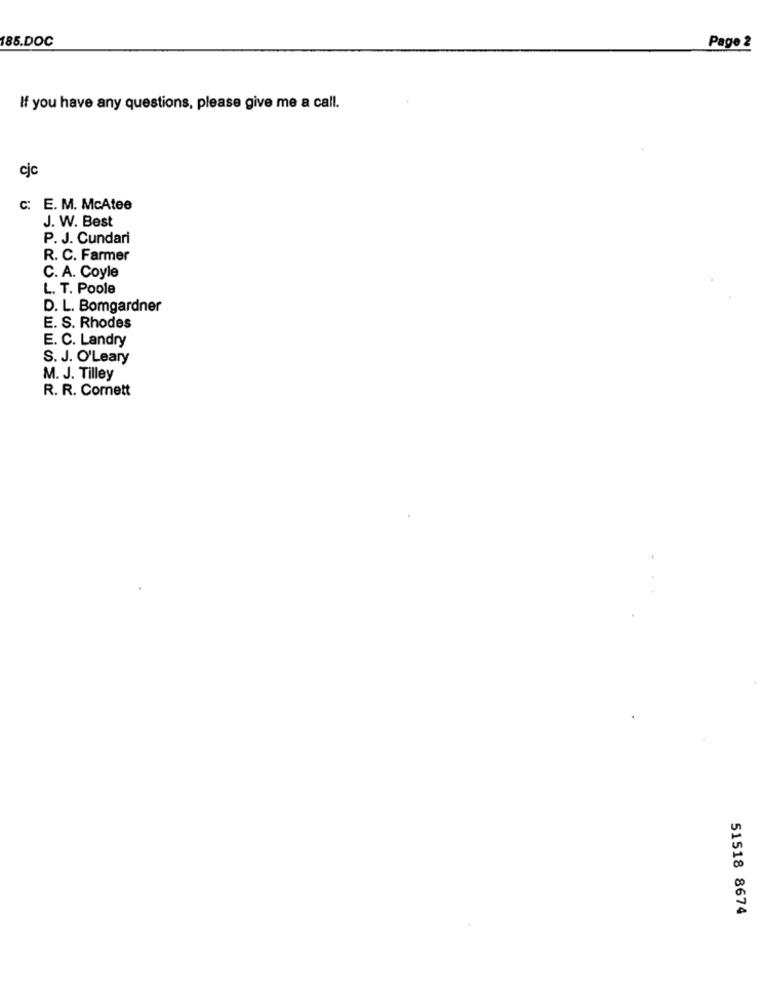
185.DOC
Page 2
If you have any questions, please give me a call.
cjc
c: E. M. McAtee
J. W. Best
P. J. Cundari
R. C. Farmer
C. A. Coyle
L. T. Poole
D. L. Bomgardner
E. S. Rhodes
E. C. Landry
S. J. O'Leary
M. J. Tilley
R. R. Comett
51518 8674